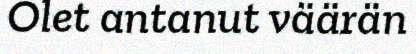
Olet antanut väärän